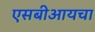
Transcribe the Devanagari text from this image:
एसबीआयचा